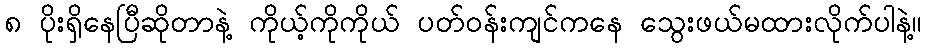
၈ ပိုးရှိနေပြီဆိုတာနဲ့ ကိုယ့်ကိုကိုယ် ပတ်ဝန်းကျင်ကနေ သွေးဖယ်မထားလိုက်ပါနဲ့။